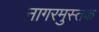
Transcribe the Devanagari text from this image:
नागरमुस्तक